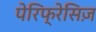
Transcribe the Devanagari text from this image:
पेरिफ्रेसिज़